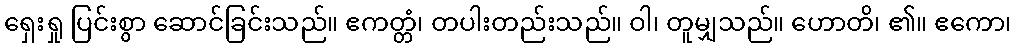
ရှေးရှု ပြင်းစွာ ဆောင်ခြင်းသည်။ ဧကတ္တံ၊ တပါးတည်းသည်။ ဝါ၊ တူမျှသည်။ ဟောတိ၊ ၏။ ဧကော၊